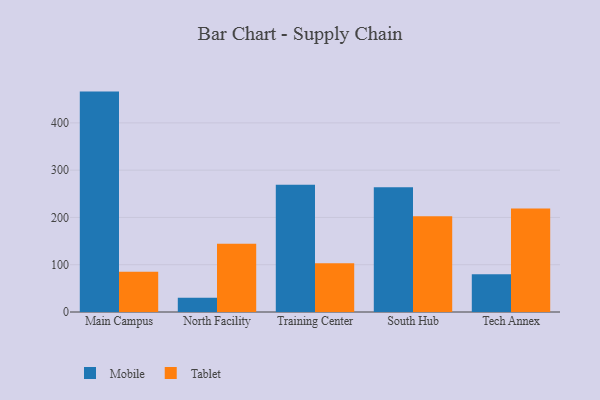
{"axis": {"x": "Campus", "y": "Net Income (USD K)"}, "legend": ["Mobile", "Tablet"], "data": [{"x": "Main Campus", "y": 466.1, "type": "Mobile"}, {"x": "Main Campus", "y": 85.3, "type": "Tablet"}, {"x": "North Facility", "y": 30.1, "type": "Mobile"}, {"x": "North Facility", "y": 144.2, "type": "Tablet"}, {"x": "Training Center", "y": 269.1, "type": "Mobile"}, {"x": "Training Center", "y": 103.3, "type": "Tablet"}, {"x": "South Hub", "y": 264.0, "type": "Mobile"}, {"x": "South Hub", "y": 202.7, "type": "Tablet"}, {"x": "Tech Annex", "y": 79.7, "type": "Mobile"}, {"x": "Tech Annex", "y": 218.9, "type": "Tablet"}]}